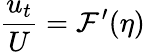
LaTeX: \frac{u_{t}}{U}=\mathcal{F}^{\prime}(\eta)